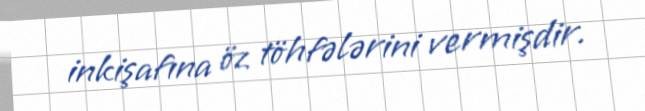
inkişafına öz töhfələrini vermişdir.